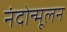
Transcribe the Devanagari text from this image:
नंदोन्मूलन